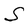
Character: S